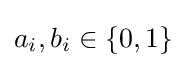
a_{i},b_{i}\in \{0,1\}